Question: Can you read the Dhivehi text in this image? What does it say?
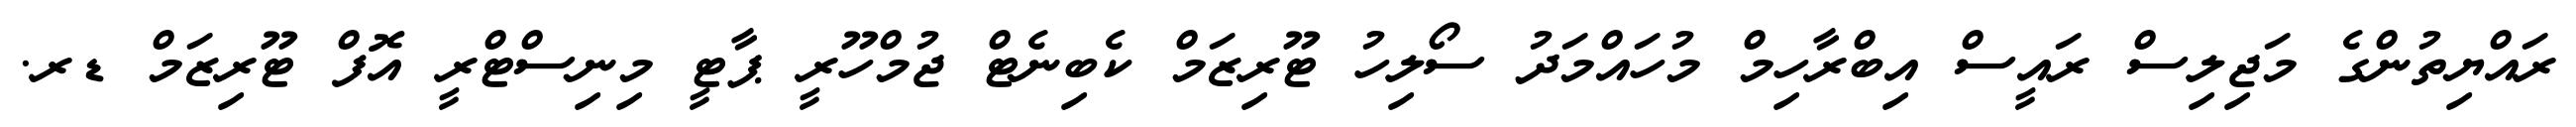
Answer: ރައްޔިތުންގެ މަޖިލިސް ރައީސް އިބްރާހިމް މުހައްމަދު ސޯލިހު ޓޫރިޒަމް ކެބިނެޓް ޖުމްހޫރީ ޕާޓީ މިނިސްޓްރީ އޮފް ޓޫރިޒަމް ޑރ.